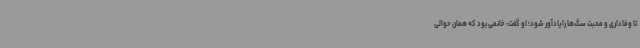
تا وفاداری و محبت سگ‌ها را یادآور شود؛ او گفت: خانمی بود که همان حوالی